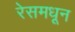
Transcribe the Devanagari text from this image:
रेसमधून